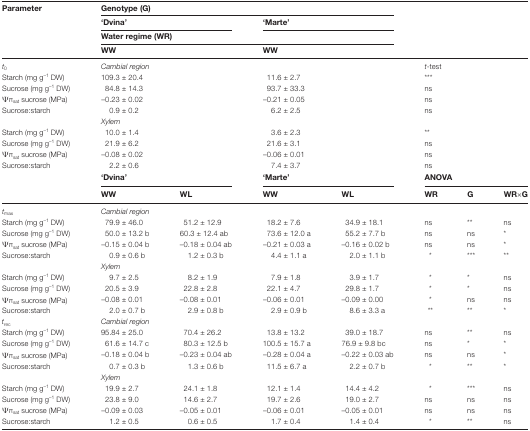
<table><thead><tr><td rowspan="3"><b>Parameter</b></td><td colspan="4"><b>Genotype (G)</b></td><td rowspan="3" colspan="3"></td></tr><tr><td colspan="2"><b>‘Dvina’</b></td><td colspan="2"><b>‘Marte’</b></td></tr><tr><td colspan="4"><b>Water regime (WR)</b></td></tr><tr><td></td><td colspan="2"><b>WW</b></td><td colspan="2"><b>WW</b></td><td colspan="3"></td></tr></thead><tbody><tr><td><i>t</i><sub>0</sub></td><td colspan="4">Cambial region</td><td colspan="3"><i>t</i>-test</td></tr><tr><td>Starch (mg g<sup>–1</sup> DW)</td><td colspan="2">109.3 ± 20.4</td><td colspan="2">11.6 ± 2.7</td><td colspan="3">***</td></tr><tr><td>Sucrose (mg g<sup>–1</sup> DW)</td><td colspan="2">84.8 ± 14.3</td><td colspan="2">93.7 ± 33.3</td><td colspan="3">ns</td></tr><tr><td>Ψπ<sub>sat</sub> sucrose (MPa)</td><td colspan="2">–0.23 ± 0.02</td><td colspan="2">–0.21 ± 0.05</td><td colspan="3">ns</td></tr><tr><td>Sucrose:starch</td><td colspan="2">0.9 ± 0.2</td><td colspan="2">6.2 ± 2.5</td><td colspan="3">ns</td></tr><tr><td></td><td colspan="4"><i>Xylem</i></td><td colspan="3"></td></tr><tr><td>Starch (mg g<sup>–1</sup> DW)</td><td colspan="2">10.0 ± 1.4</td><td colspan="2">3.6 ± 2.3</td><td colspan="3">**</td></tr><tr><td>Sucrose (mg g<sup>–1</sup> DW)</td><td colspan="2">21.9 ± 6.2</td><td colspan="2">21.6 ± 3.1</td><td colspan="3">ns</td></tr><tr><td>Ψπ<sub>sat</sub> sucrose (MPa)</td><td colspan="2">–0.08 ± 0.02</td><td colspan="2">–0.06 ± 0.01</td><td colspan="3">ns</td></tr><tr><td>Sucrose:starch</td><td colspan="2">2.2 ± 0.6</td><td colspan="2">7.4 ± 3.7</td><td colspan="3">ns</td></tr><tr><td rowspan="2"></td><td colspan="2">‘Dvina’</td><td colspan="2">‘Marte’</td><td colspan="3">ANOVA</td></tr><tr><td>WW</td><td>WL</td><td>WW</td><td>WL</td><td>WR</td><td>G</td><td>WR<i>×</i>G</td></tr><tr><td><i>t</i><sub>max</sub></td><td colspan="4">Cambial region</td><td></td><td></td><td></td></tr><tr><td>Starch (mg g<sup>–1</sup> DW)</td><td>79.9 ± 46.0</td><td>51.2 ± 12.9</td><td>18.2 ± 7.6</td><td>34.9 ± 18.1</td><td>ns</td><td>**</td><td>ns</td></tr><tr><td>Sucrose (mg g<sup>–1</sup> DW)</td><td>50.0 ± 13.2 b</td><td>60.3 ± 12.4 ab</td><td>73.6 ± 12.0 a</td><td>55.2 ± 7.7 b</td><td>ns</td><td>ns</td><td>*</td></tr><tr><td>Ψπ<sub>sat</sub> sucrose (MPa)</td><td>–0.15 ± 0.04 b</td><td>–0.18 ± 0.04 ab</td><td>–0.21 ± 0.03 a</td><td>–0.16 ± 0.02 b</td><td>ns</td><td>ns</td><td>*</td></tr><tr><td>Sucrose:starch</td><td>0.9 ± 0.6 b</td><td>1.2 ± 0.3 b</td><td>4.4 ± 1.1 a</td><td>2.0 ± 1.1 b</td><td>*</td><td>***</td><td>**</td></tr><tr><td></td><td colspan="4">Xylem</td><td></td><td></td><td></td></tr><tr><td>Starch (mg g<sup>–1</sup> DW)</td><td>9.7 ± 2.5</td><td>8.2 ± 1.9</td><td>7.9 ± 1.8</td><td>3.9 ± 1.7</td><td>*</td><td>*</td><td>ns</td></tr><tr><td>Sucrose (mg g<sup>–1</sup> DW)</td><td>20.5 ± 3.9</td><td>22.8 ± 2.8</td><td>22.1 ± 4.7</td><td>29.8 ± 1.7</td><td>*</td><td>*</td><td>ns</td></tr><tr><td>Ψπ<sub>sat</sub> sucrose (MPa)</td><td>–0.08 ± 0.01</td><td>–0.08 ± 0.01</td><td>–0.06 ± 0.01</td><td>–0.09 ± 0.00</td><td>*</td><td>ns</td><td>ns</td></tr><tr><td>Sucrose:starch</td><td>2.0 ± 0.7 b</td><td>2.9 ± 0.8 b</td><td>2.9 ± 0.9 b</td><td>8.6 ± 3.3 a</td><td>**</td><td>**</td><td>*</td></tr><tr><td><i>t</i><sub>rec</sub></td><td colspan="4">Cambial region</td><td></td><td></td><td></td></tr><tr><td>Starch (mg g<sup>–1</sup> DW)</td><td>95.84 ± 25.0</td><td>70.4 ± 26.2</td><td>13.8 ± 13.2</td><td>39.0 ± 18.7</td><td>ns</td><td>**</td><td>ns</td></tr><tr><td>Sucrose (mg g<sup>–1</sup> DW)</td><td>61.6 ± 14.7 c</td><td>80.3 ± 12.5 b</td><td>100.5 ± 15.7 a</td><td>76.9 ± 9.8 bc</td><td>ns</td><td>*</td><td>*</td></tr><tr><td>Ψπ<sub>sat</sub> sucrose (MPa)</td><td>–0.18 ± 0.04 b</td><td>–0.23 ± 0.04 ab</td><td>–0.28 ± 0.04 a</td><td>–0.22 ± 0.03 ab</td><td>ns</td><td>ns</td><td>*</td></tr><tr><td>Sucrose:starch</td><td>0.7 ± 0.3 b</td><td>1.3 ± 0.6 b</td><td>11.5 ± 6.7 a</td><td>2.2 ± 0.7 b</td><td>*</td><td>**</td><td>*</td></tr><tr><td></td><td colspan="4">Xylem</td><td></td><td></td><td></td></tr><tr><td>Starch (mg g<sup>–1</sup> DW)</td><td>19.9 ± 2.7</td><td>24.1 ± 1.8</td><td>12.1 ± 1.4</td><td>14.4 ± 4.2</td><td>*</td><td>***</td><td>ns</td></tr><tr><td>Sucrose (mg g<sup>–1</sup> DW)</td><td>23.8 ± 9.0</td><td>14.6 ± 2.7</td><td>19.7 ± 2.6</td><td>19.0 ± 2.7</td><td>ns</td><td>ns</td><td>ns</td></tr><tr><td>Ψπ<sub>sat</sub> sucrose (MPa)</td><td>–0.09 ± 0.03</td><td>–0.05 ± 0.01</td><td>–0.06 ± 0.01</td><td>–0.05 ± 0.01</td><td>ns</td><td>ns</td><td>ns</td></tr><tr><td>Sucrose:starch</td><td>1.2 ± 0.5</td><td>0.6 ± 0.5</td><td>1.7 ± 0.4</td><td>1.4 ± 0.4</td><td>*</td><td>**</td><td>ns</td></tr></tbody></table>